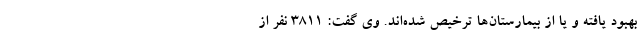
بهبود یافته و یا از بیمارستان‌ها ترخیص شده‌اند. وی گفت: ۳۸۱۱ نفر از